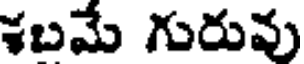
శబమే గురువు